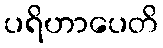
ပရိဟာပေတိ